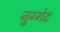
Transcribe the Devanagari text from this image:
नुग्गेट